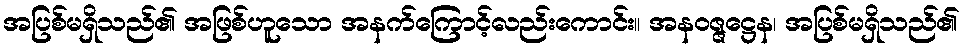
အပြစ်မရှိသည်၏ အဖြစ်ဟူသော အနက်ကြောင့်လည်းကောင်း။ အနဝဇ္ဇဋ္ဌေန၊ အပြစ်မရှိသည်၏